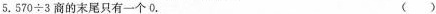
5.$$5 7 0 \div 3$$商的末尾只有一个0. ( )